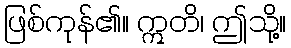
ဖြစ်ကုန်၏။ ဣတိ၊ ဤသို့။